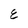
Character: E